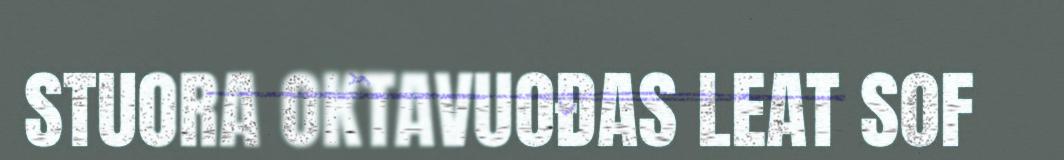
STUORA OKTAVUOĐAS LEAT SOF